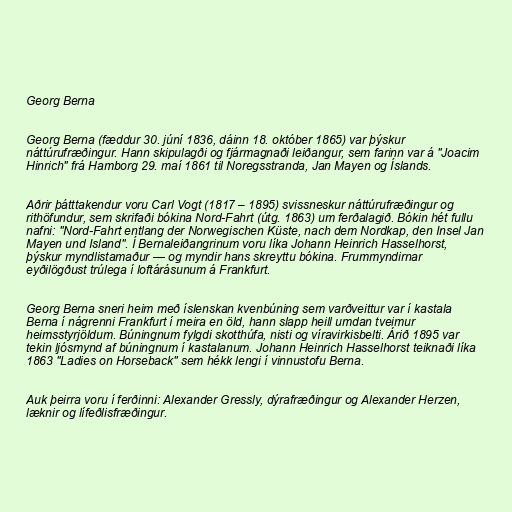
Georg Berna

Georg Berna (fæddur 30. júní 1836, dáinn 18. október 1865) var þýskur
náttúrufræðingur. Hann skipulagði og fjármagnaði leiðangur, sem farinn var á "Joacim
Hinrich" frá Hamborg 29. maí 1861 til Noregsstranda, Jan Mayen og Íslands.

Aðrir þátttakendur voru Carl Vogt (1817 – 1895) svissneskur náttúrufræðingur og
rithöfundur, sem skrifaði bókina Nord-Fahrt (útg. 1863) um ferðalagið. Bókin hét fullu
nafni: "Nord-Fahrt entlang der Norwegischen Küste, nach dem Nordkap, den Insel Jan
Mayen und Island". Í Bernaleiðangrinum voru líka Johann Heinrich Hasselhorst,
þýskur myndlistamaður — og myndir hans skreyttu bókina. Frummyndirnar
eyðilögðust trúlega í loftárásunum á Frankfurt.

Georg Berna sneri heim með íslenskan kvenbúning sem varðveittur var í kastala
Berna í nágrenni Frankfurt í meira en öld, hann slapp heill umdan tveimur
heimsstyrjöldum. Búningnum fylgdi skotthúfa, nisti og víravirkisbelti. Árið 1895 var
tekin ljósmynd af búningnum í kastalanum. Johann Heinrich Hasselhorst teiknaði líka
1863 "Ladies on Horseback" sem hékk lengi í vinnustofu Berna.

Auk þeirra voru í ferðinni: Alexander Gressly, dýrafræðingur og Alexander Herzen,
læknir og lífeðlisfræðingur.